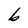
Character: b